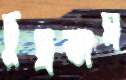
চুম্‌রতাম